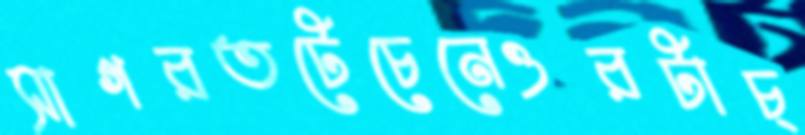
সাগরতটেচেনেওরটাচ্